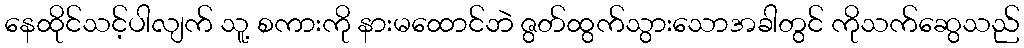
နေထိုင်သင့်ပါလျက် သူ့ စကားကို နားမထောင်ဘဲ ဇွတ်ထွက်သွားသောအခါတွင် ကိုသက်ဆွေသည်